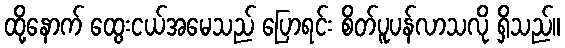
ထို့နောက် ထွေးငယ်အမေသည် ပြောရင်း စိတ်ပူပန်လာသလို ရှိသည်။